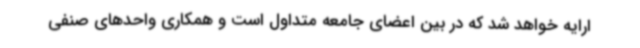
ارایه خواهد شد که در بین اعضای جامعه متداول است و همکاری واحدهای صنفی